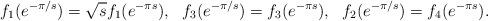
LaTeX: \begin{align*}f_1(e^{-\pi /s}) = \sqrt{s}f_1(e^{-\pi s}), ~~ f_3(e^{-\pi /s}) = f_3(e^{-\pi s}), ~~f_2(e^{-\pi /s}) = f_4(e^{-\pi s}).\end{align*}